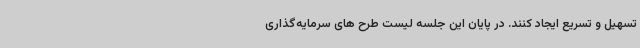
تسهیل و تسریع ایجاد کنند. در پایان این جلسه لیست طرح های سرمایه‌گذاری